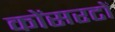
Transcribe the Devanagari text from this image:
कोंसरटों